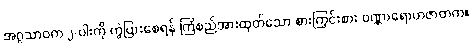
အဂ္ဂသာဝက ၂-ပါးကို ကွဲပြားစေရန် ကြံစည်အားထုတ်သော စားကြွင်းစား ဝဏ္ဏာရောဟဇာတက။